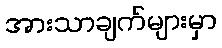
အားသာချက်များမှာ